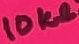
Text: 10KΩ